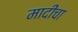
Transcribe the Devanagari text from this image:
मादींचा